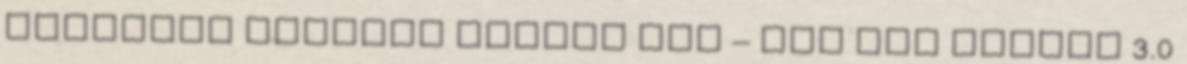
Creative Commons Nevezd meg – Így add tovább 3.0